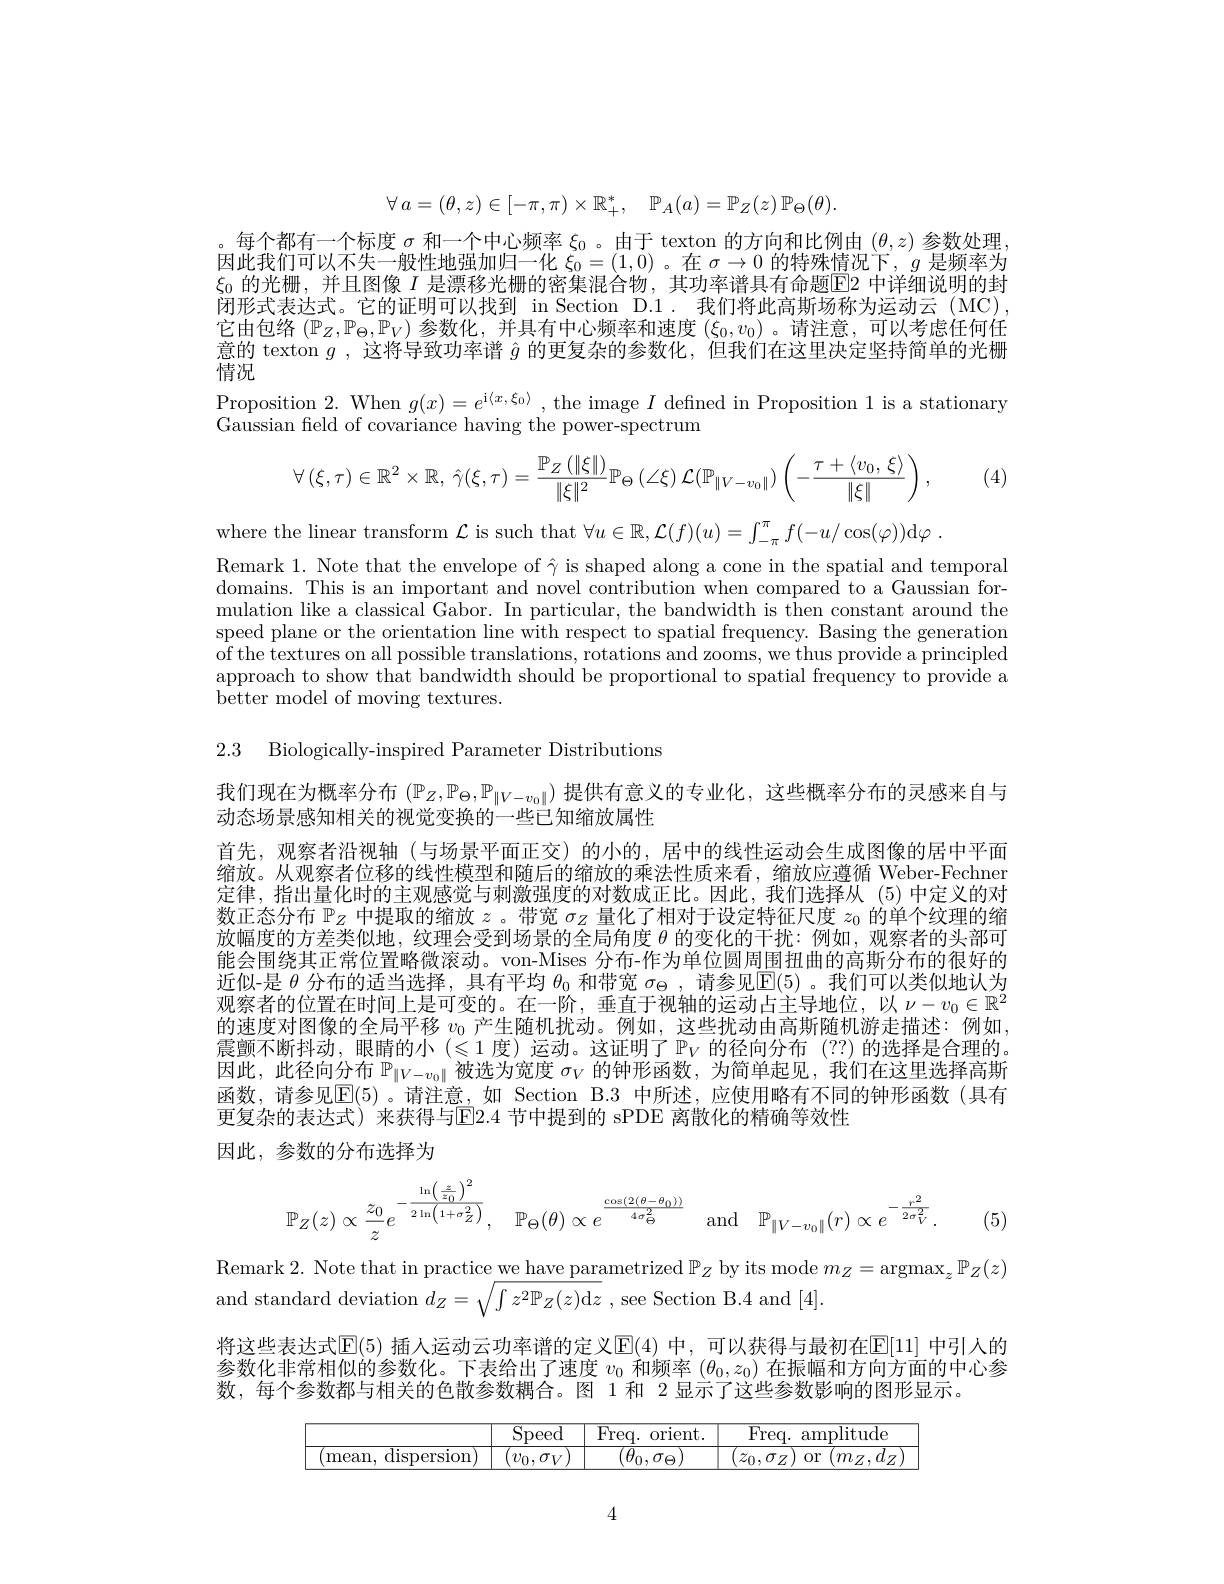
$$\forall\:a=(\theta,z)\in[-\pi,\pi)\times\mathbb{R}_{+}^{*},\quad\mathbb{P}_{A}(a)=\mathbb{P}_{Z}(z)\:\mathbb{P}_{\Theta}(\theta).$$
。每个都有一个标度$\sigma$和一个中心频率$\xi_0$ 。由于 texton 的方向和比例由$(\theta,z)$参数处理。因此我们可以不失一般性地强加归一化$\xi_0=(1,0)$ 。在$\sigma\to0$的特殊情况下，$g$是频率为$\xi_0$的光栅，并且图像$I$是漂移光栅的密集混合物，其功率谱具有命题E2 中详细说明的封闭形式表达式。它的证明可以找到 in Section D.1. 我们将此高斯场称为运动云 (MC), 它由包络$(\mathbb{P}_Z,\mathbb{P}_\Theta,\mathbb{P}_V)$参数化，并具有中心频率和速度$(\xi_0,v_0)$ 。请注意，可以考虑任何任意的 texton $g$ ,这将导致功率谱$\hat{g}$的更复杂的参数化，但我们在这里决定坚持简单的光栅$\bar{\text{情况}}$
$\begin{array}{l}\text{Proposition 2. When }g(x)=e^{\mathrm{i}\langle x,\xi_0\rangle},\text{the image }I\text{ defined in Proposition 1 is a stationary}\\\text{Gaussian field of covariance having the power-spectrum}\end{array}$
$$\forall\left(\xi,\tau\right)\in\mathbb{R}^{2}\times\mathbb{R},\:\hat{\gamma}(\xi,\tau)=\frac{\mathbb{P}_{Z}\left(\|\xi\|\right)}{\|\xi\|^{2}}\mathbb{P}_{\Theta}\left(\angle\xi\right)\mathcal{L}(\mathbb{P}_{\|V-v_{0}\|})\left(-\frac{\tau+\langle v_{0},\:\xi\rangle}{\|\xi\|}\right),$$
(4)

where the linear transform $\mathcal{L}$ is such that $\forall u\in\mathbb{R},\mathcal{L}(f)(u)=\int_-\pi^{\pi}f(-u/\cos(\varphi))$d$\varphi$ .
Remark 1. Note that the envelope of $\hat{\gamma}$ is shaped along a cone in the spatial and temporal domains. This is an important and novel contribution when compared to a Gaussian formulation like a classical Gabor. In particular, the bandwidth is then constant around the speed plane or the orientation line with respect to spatial frequency. Basing the generation of the textures on all possible translations, rotations and zooms, we thus provide a principled approach to show that bandwidth should be proportional to spatial frequency to provide a better model of moving textures.

2.3 Biologically-inspired Parameter Distributions

我们现在为概率分布$(\mathbb{P}_Z,\mathbb{P}_\Theta,\mathbb{P}_{\|V-v_0\|})$提供有意义的专业化，这些概率分布的灵感来自与
动态场景感知相关的视觉变换的一些已知缩放属性
首先，观察者沿视轴(与场景平面正交)的小的，居中的线性运动会生成图像的居中平面缩放。从观察者位移的线性模型和随后的缩放的乘法性质来看，缩放应遵循 Weber-Fechner 定律，指出量化时的主观感觉与刺激强度的对数成正比。因此，我们选择从 (5)中定义的对数正态分布$\mathbb{P}_Z$中提取的缩放$z$ 。带宽$\sigma_Z$量化了相对于设定特征尺度$z_0$的单个纹理的缩放幅度的方差类似地，纹理会受到场景的全局角度$\theta$的变化的干扰：例如，观察者的头部可能会围绕其正常位置略微滚动。von-Mises 分布-作为单位圆周围扭曲的高斯分布的很好的近似-是$\theta$分布的适当选择，具有平均$\theta_0$和带宽$\sigma_\Theta$ ,请参见E(5) 。我们可以类似地认为观察者的位置在时间上是可变的。在一阶，垂直于视轴的运动占主导地位，以$\nu-v_0\in\mathbb{R}^2$ 的速度对图像的全局平移$v_0$产生随机扰动。例如，这些扰动由高斯随机游走描述：例如， 震颤不断抖动，眼睛的小($\leqslant 1$度 ) 运 动 。这 证 明 了 $\mathbb{P} _V$ 的 径 向 分 布 (??) 的 选 择 是 合 理 的 。因此，此径向分布$\mathbb{P}_{\|V-v_0\|}$被选为宽度$\sigma_V$的钟形函数，为简单起见，我们在这里选择高斯函数，请参见$\mathbb{E}(5)$ 。请注意，如 Section B.3 中所述，应使用略有不同的钟形函数(具有更复杂的表达式) 来获得与E2.4 节中提到的 sPDE 离散化的精确等效性
因此，参数的分布选择为

5

Remark 2. Note that in practice we have parametrized $\mathbb{P}_Z$ by its mode $m_Z=\operatorname{argmax}_z\mathbb{P}_Z(z)$
$$\mathbb{P}_Z(z)\propto\frac{z_0}{z}e^{-\frac{\ln\left(\frac{z}{z_0}\right)^2}{2\ln\left(1+\sigma_Z^2\right)}},\quad\mathbb{P}_\Theta(\theta)\propto e^{\frac{\cos(2(\theta-\theta_0))}{4\sigma_\Theta^2}}\quad\mathrm{and}\quad\mathbb{P}_{\|V-v_0\|}(r)\propto e^{-\frac{r^2}{2\sigma_V^2}}.$$
and standard deviation $d_Z= \sqrt {\int z^2\mathbb{P} _Z( z) \mathrm{d} z}$ , see Section B.4 and [4].
将这些表达式$\mathbb{E}(5)$ 插人运动云功率谱的定义$\mathbb{E}(4)$ 中，可以获得与最初在$\mathbb{E}[11]$ 中引入的参数化非常相似的参数化。下表给出了速度$v_0$和频率$(\theta_0,z_0)$在振幅和方向方面的中心参数，每个参数都与相关的色散参数耦合。图 1 和 2 显示了这些参数影响的图形显示。

<FigureHere>

4